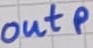
Text: outp